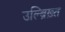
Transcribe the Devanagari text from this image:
उल्ब्रिख़्त